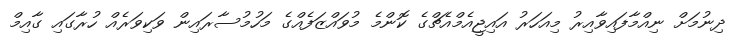
ދިނުމަށް ނިއްމާފައިވާއިރު މިއަހަރު އައިޖީއެމްއެޗްގެ ކޮންމެ މުވައްޒަފެއްގެ މަހުމުސާރައިން ވަކިވަރެއް ހުރާގައި ގާއިމް